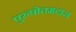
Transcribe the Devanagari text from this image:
पुरुषोतमदास